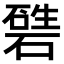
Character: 𥕙